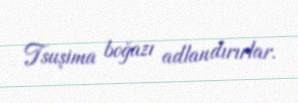
Tsuşima boğazı adlandırırlar.